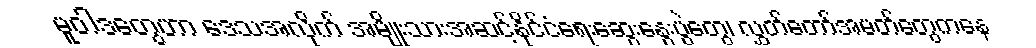
မူဝါဒတွေဟာ ဒေသအလိုက် အမျိုးသားအဆင့်နိုင်ငံရေးဆွေးနွေးပွဲတွေ၊ လွှတ်တော်အမတ်တွေကနေ